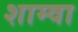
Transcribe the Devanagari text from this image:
शाम्वा